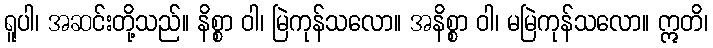
ရူပါ၊ အဆင်းတို့သည်။ နိစ္စာ ဝါ၊ မြဲကုန်သလော။ အနိစ္စာ ဝါ၊ မမြဲကုန်သလော။ ဣတိ၊